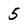
Character: 5